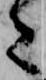
た